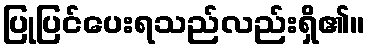
ပြုပြင်ပေးရသည်လည်းရှိ၏။